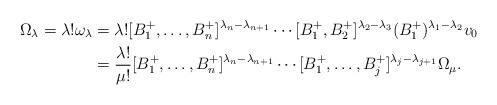
LaTeX: \begin{align*}\Omega_\lambda=\lambda!\omega_\lambda&=\lambda![B_1^+,\dots,B_n^+]^{\lambda_n-\lambda_{n+1}}\cdots [B_1^+,B_2^+]^{\lambda_2-\lambda_3}(B_1^+)^{\lambda_1-\lambda_2}v_0\\&=\frac{\lambda!}{\mu!}[B_1^+,\dots,B_n^+]^{\lambda_n-\lambda_{n+1}}\cdots[B_1^+,\dots,B_j^+]^{\lambda_j-\lambda_{j+1}}\Omega_\mu.\end{align*}